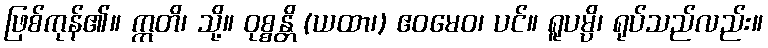
ဖြစ်ကုန်၏။ ဣတိ၊ သို့။ ဝုစ္စန္တိ (ယထာ၊) ဧဝမေဝ၊ ပင်။ ရူပမ္ပိ၊ ရုပ်သည်လည်း။